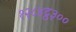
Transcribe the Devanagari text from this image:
१२८४ट्ठ३००